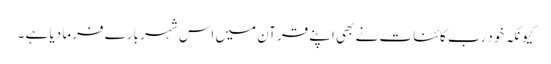
کیونکہ خود رب کائنات نے بھی اپنے قرآن میں اس شہر بارے فرما دیا ہے ۔